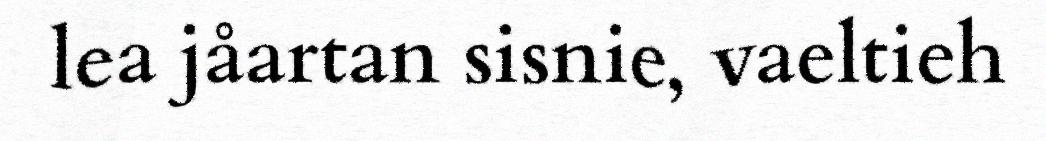
lea jåartan sisnie, vaeltieh